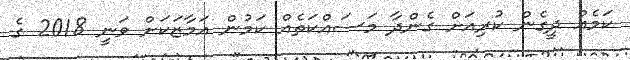
ކަމެއް ދީގެން ކުރިއަށް ގެންދާ މަސައްކަތެއް ކަމުން އަމާޒަކަށް ވަނީ 2018 ގެ